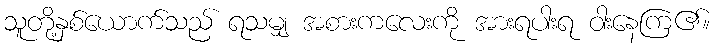
သူတို့နှစ်ယောက်သည် ရသမျှ အစားကလေးကို အားရပါးရ ဝါးနေကြ၏။